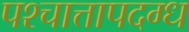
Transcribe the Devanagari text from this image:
पश्चात्तापदग्ध